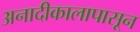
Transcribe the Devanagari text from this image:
अनादीकालापासून